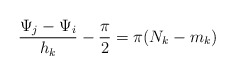
\begin{align*} \frac{\Psi_{j} - \Psi_{i}}{h_k} - \frac{\pi}{2} = \pi(N_k - m_k)\end{align*}